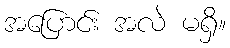
အပြောင်း အလဲ မရှိ။